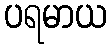
ပရမာယ